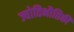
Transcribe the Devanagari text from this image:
ज्योतिभौतिकी